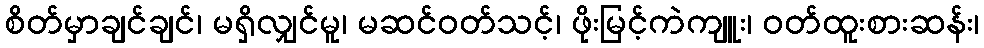
စိတ်မှာချင်ချင်၊ မရှိလျှင်မူ၊ မဆင်ဝတ်သင့်၊ ဖိုးမြင့်ကဲကျူး၊ ဝတ်ထူးစားဆန်း၊